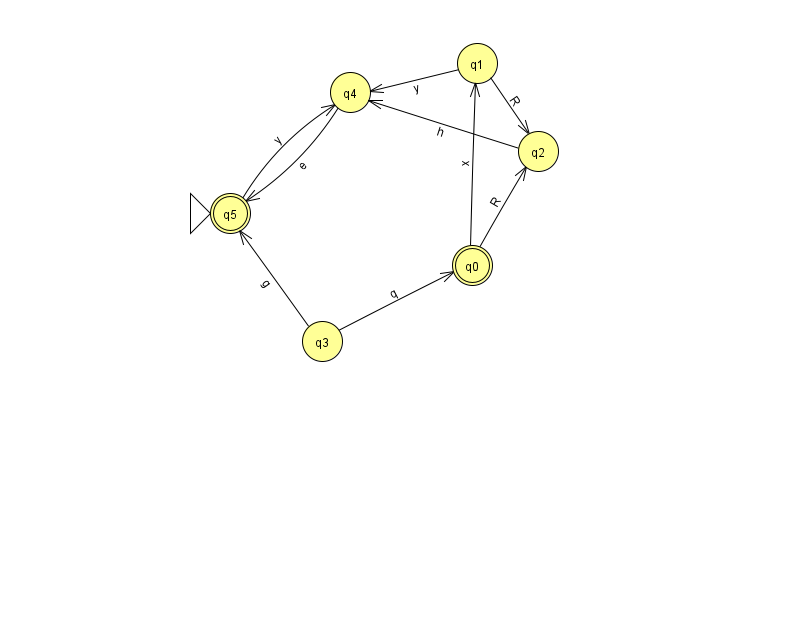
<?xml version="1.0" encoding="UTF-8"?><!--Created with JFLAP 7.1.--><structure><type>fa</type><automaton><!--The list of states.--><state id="0" name="q0"><x>472.0</x><y>252.0</y><final/></state><state id="1" name="q1"><x>477.0</x><y>50.0</y></state><state id="2" name="q2"><x>538.0</x><y>138.0</y></state><state id="3" name="q3"><x>322.0</x><y>328.0</y></state><state id="4" name="q4"><x>350.0</x><y>79.0</y></state><state id="5" name="q5"><x>230.0</x><y>200.0</y><initial/><final/></state><!--The list of transitions.--><transition><from>3</from><to>5</to><read>g</read></transition><transition><from>1</from><to>4</to><read>y</read></transition><transition><from>4</from><to>5</to><read>e</read></transition><transition><from>5</from><to>4</to><read>y</read></transition><transition><from>0</from><to>2</to><read>R</read></transition><transition><from>2</from><to>4</to><read>h</read></transition><transition><from>1</from><to>2</to><read>R</read></transition><transition><from>3</from><to>0</to><read>q</read></transition><transition><from>0</from><to>1</to><read>x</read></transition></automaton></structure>